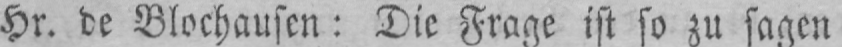
Hr. de Blochausen: Die Frage ist so zu sagen